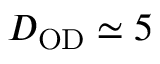
D _ { \mathrm { O D } } \simeq 5